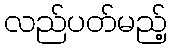
လည်ပတ်မည့်